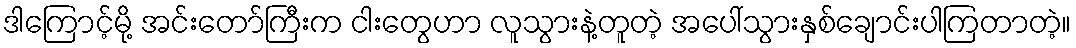
ဒါကြောင့်မို့ အင်းတော်ကြီးက ငါးတွေဟာ လူသွားနဲ့တူတဲ့ အပေါ်သွားနှစ်ချောင်းပါကြတာတဲ့။